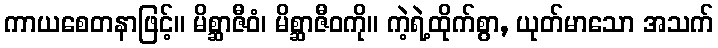
ကာယစေတနာဖြင့်။ မိစ္ဆာဇီဝံ၊ မိစ္ဆာဇီဝကို။ ကဲ့ရဲ့ထိုက်စွာ, ယုတ်မာသော အသက်